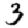
Digit: 3